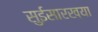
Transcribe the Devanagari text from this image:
सुईसारख्या